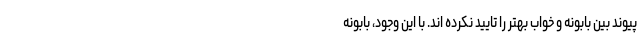
پیوند بین بابونه و خواب بهتر را تایید نکرده اند. با این وجود، بابونه